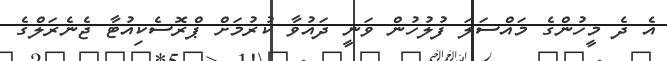
އެ ދެ މީހުންގެ މައްސަލަ ފުލުހުން ވަނީ ދައުވާ ކުރުމަށް ޕްރޮސެކިއުޓާ ޖެނެރަލްގެ